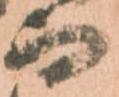
而